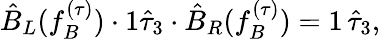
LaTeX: \hat{B}_{L}(f_{B}^{(\tau)})\cdot 1\hat{\tau}_{3}\cdot\hat{B}_{R}(f_{B}^{(\tau)})=1\, \hat{\tau}_{3},